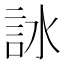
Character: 𧦋